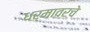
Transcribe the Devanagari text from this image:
धर्मावरचे